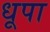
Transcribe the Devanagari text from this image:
धूपा